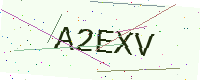
Text: A2EXV